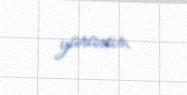
yaranır.